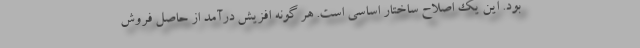
بود. این یک اصلاح ساختار اساسی است. هر گونه افزیش درآمد از حاصل فروش